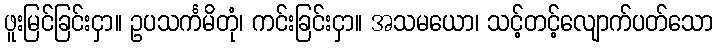
ဖူးမြင်ခြင်းငှာ။ ဥပသင်္ကမိတုံ၊ ကင်းခြင်းငှာ။ အသမယော၊ သင့်တင့်လျောက်ပတ်သော